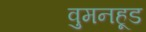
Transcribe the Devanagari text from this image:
वुमनहूड